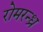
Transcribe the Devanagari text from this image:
रोमरन्ध्र